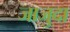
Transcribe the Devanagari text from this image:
जाजुदा